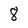
Character: 8